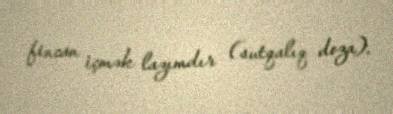
fincan içmək lazımdır (sutqalıq doza).